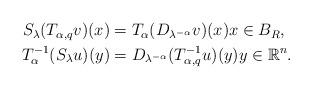
LaTeX: \begin{align*}\begin{aligned} S_{\lambda}(T_{\alpha,q}v)(x) & = T_{\alpha}(D_{\lambda^{-\alpha}}v)(x)x\in B_R, \\ T_{\alpha}^{-1}(S_{\lambda}u)(y) & = D_{\lambda^{-\alpha}}(T^{-1}_{\alpha,q}u)(y)y\in \mathbb{R}^n.\end{aligned}\end{align*}